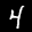
Label: 4